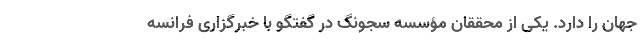
جهان را دارد. یکی از محققان مؤسسه سجونگ در گفتگو با خبرگزاری فرانسه